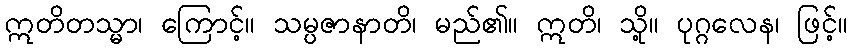
ဣတိတသ္မာ၊ ကြောင့်။ သမ္ပဇာနာတိ၊ မည်၏။ ဣတိ၊ သို့။ ပုဂ္ဂလေန၊ ဖြင့်။